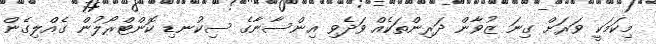
މިކަމަކީ ވަރަށް ގިނަ ޒުވާން ދަރިންތަކެއް ވަދެވި އިންސާނާގެ ސިކުނޑި ކޮންޓްރޯލުން ގެއްލިގެން